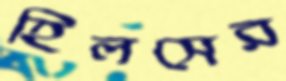
হিলসের